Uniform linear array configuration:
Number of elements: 12
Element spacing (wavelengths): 0.75
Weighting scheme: kaiser
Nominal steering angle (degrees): -45
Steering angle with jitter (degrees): -45.619
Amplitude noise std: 0.05
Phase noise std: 0.05

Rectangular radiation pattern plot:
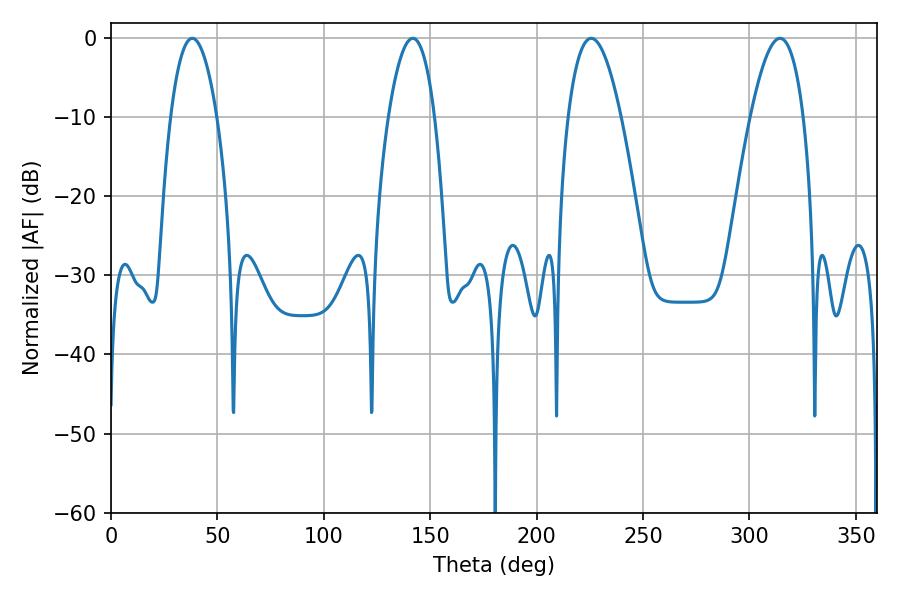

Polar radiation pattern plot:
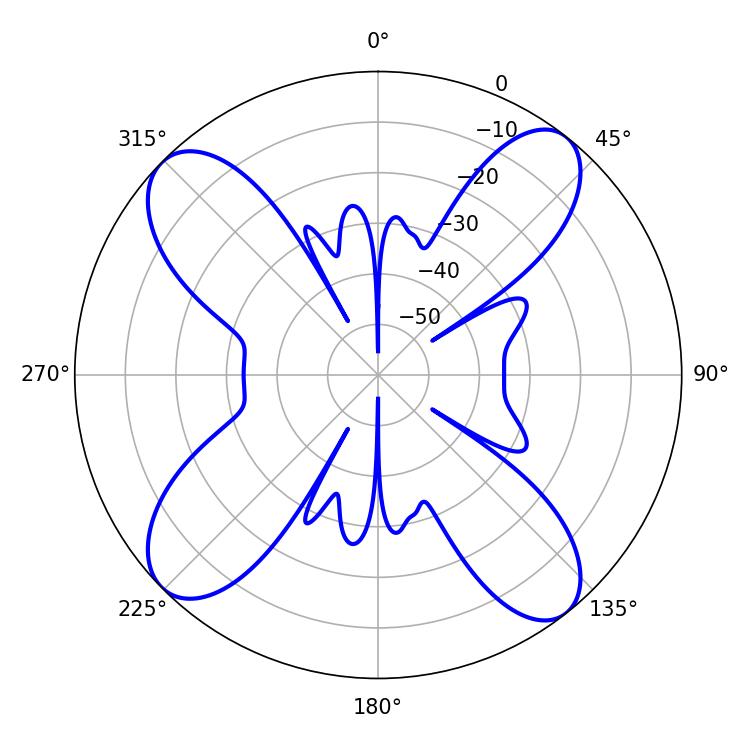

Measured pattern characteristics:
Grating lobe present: TRUE
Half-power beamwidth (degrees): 12.06
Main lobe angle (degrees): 38.16